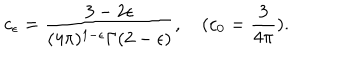
c _ { \epsilon } = \frac { 3 - 2 \epsilon } { ( 4 \pi ) ^ { 1 - \epsilon } \Gamma ( 2 - \epsilon ) } , \quad ( c _ { 0 } = \frac { 3 } { 4 \pi } ) .